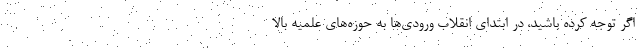
اگر توجه کرده باشید، در ابتدای انقلاب ورودی‌ها به حوزه‌های علمیه بالا